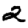
Digit: 2